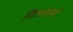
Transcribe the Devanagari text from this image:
विजयार्ध